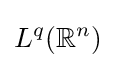
L^{q}(\mathbb {R} ^{n})